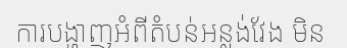
ការបង្ហាញអំពីតំបន់អន្លង់វែង មិន